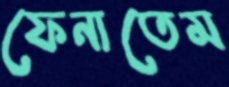
ফেনাতেম